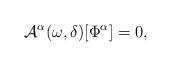
LaTeX: \begin{align*} \mathcal{A}^\alpha(\omega, \delta)[\Phi^\alpha] =0, \end{align*}